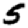
Digit: 5